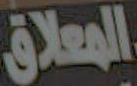
المعلاق